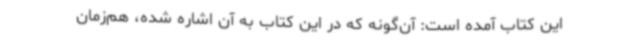
این کتاب آمده است: آن‌گونه که در این کتاب به آن اشاره شده، هم‌زمان